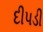
દીપડી